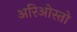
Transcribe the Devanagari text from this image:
अरिओस्तो